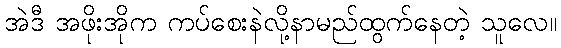
အဲဒီ အဖိုးအိုက ကပ်စေးနဲလို့နာမည်ထွက်နေတဲ့ သူလေ။